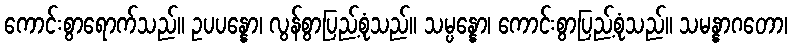
ကောင်းစွာရောက်သည်။ ဥပပန္နော၊ လွန်စွာပြည့်စုံသည်။ သမ္ပန္နော၊ ကောင်းစွာပြည့်စုံသည်။ သမန္နာဂတော၊